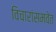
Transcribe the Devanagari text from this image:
विचारांसमवेत